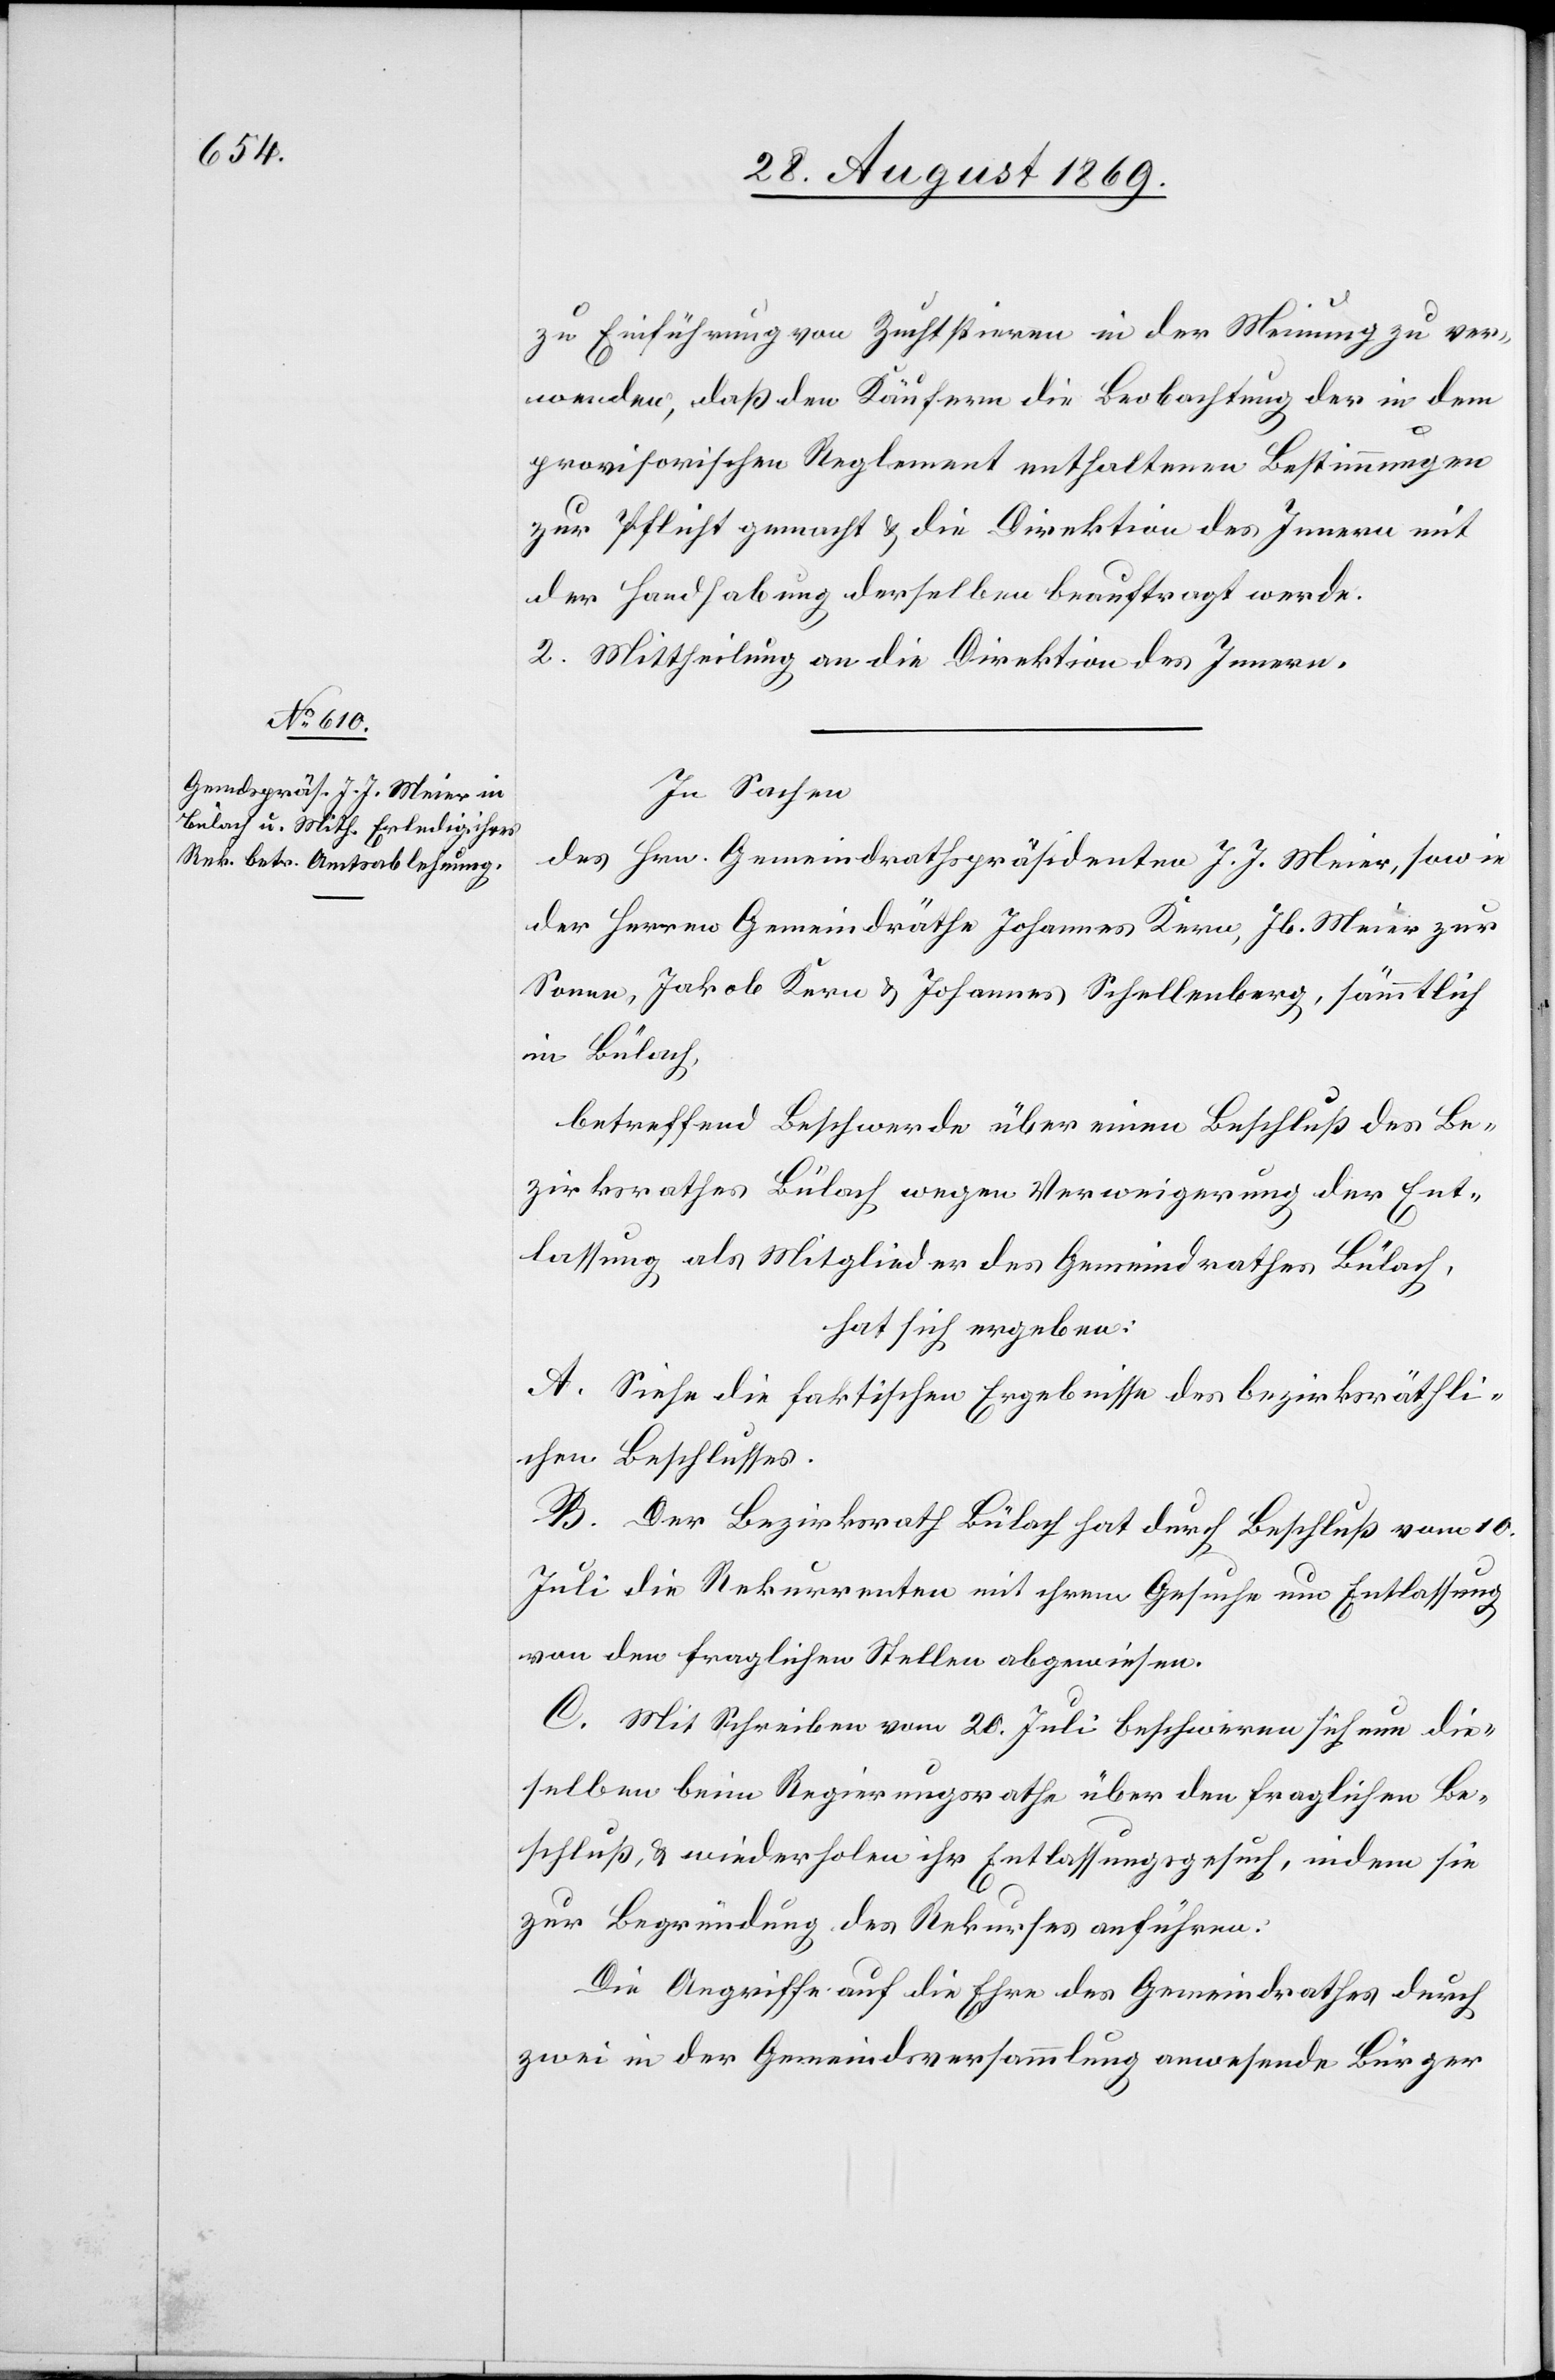
zu Einführung von Zuchtstieren in der Meinung zu ver¬
wenden, daß den Käufern die Beobachtung der in dem
provisorischen Reglement enthaltenen Bestimmungen
zur Pflicht gemacht & die Direktion des Innern mit
der Handhabung derselben beauftragt werde.
2. Mittheilung an die Direktion des Innern.
In Sachen
des Hrn. Gemeindrathspräsidenten J. J. Meier, sowie
der Herren Gemeindräthe Johannes Kern, Jb. Meier zur
Sonne, Jakob Kern & Johannes Schellenberg, sämmtlich
in Bülach,
betreffend Beschwerde über einen Beschluß des Be¬
zirksrathes Bülach wegen Verweigerung der Ent¬
lassung als Mitglieder des Gemeindrathes Bülach,
hat sich ergeben:
A. Siehe die faktischen Ergebnisse des bezirksräthli¬
chen Beschlusses.
B. Der Bezirksrath Bülach hat durch Beschluß vom 10.
Juli die Rekurrenten mit ihrem Gesuche um Entlassung
von den fraglichen Stellen abgewiesen.
C. Mit Schreiben vom 20. Juli beschweren sich nun die¬
selben beim Regierungsrathe über den fraglichen Be¬
schluß, & wiederholen ihr Entlassungsgesuch, indem sie
zur Begründung des Rekurses anführen:
Die Angriffe auf die Ehre des Gemeindrathes durch
zwei in der Gemeindsversammlung anwesende Bürger